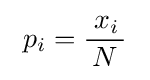
~p_{i}={\frac {\;x_{i}\,}{N}}~